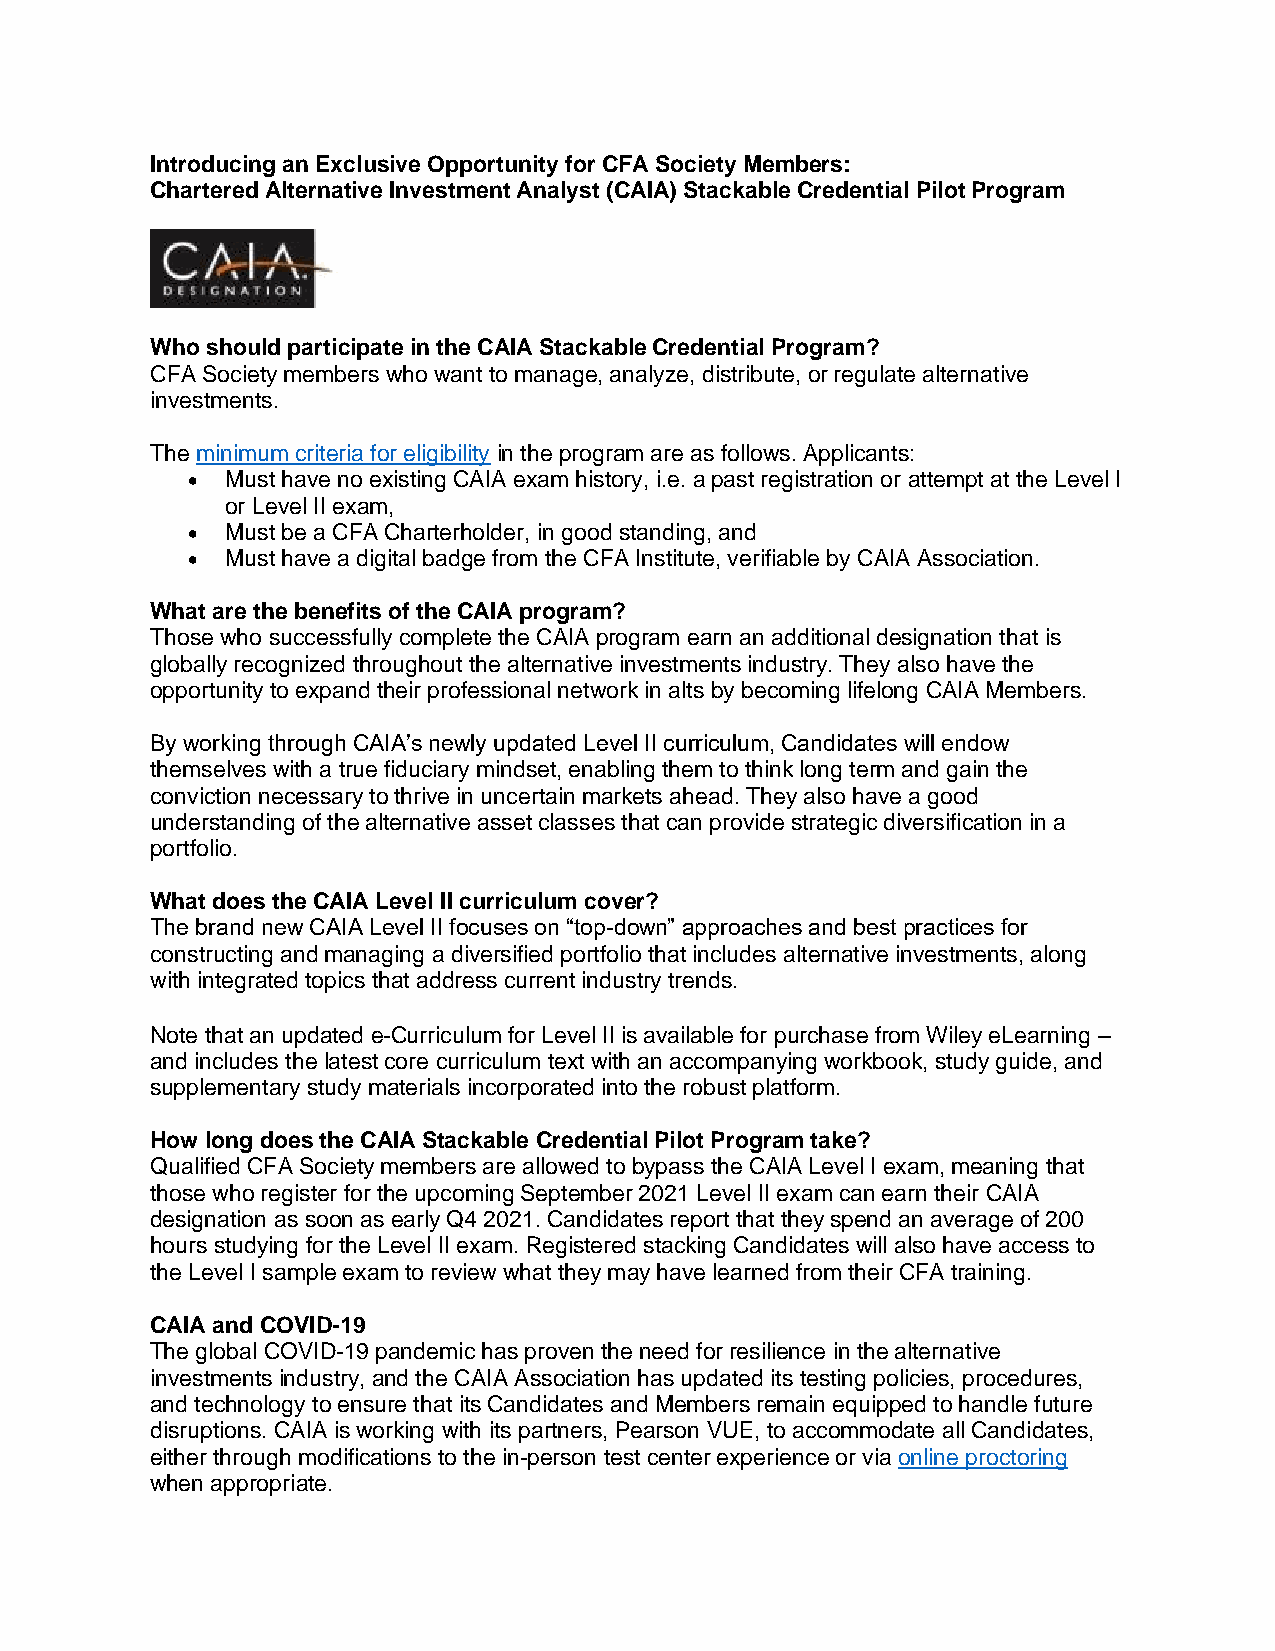
Introducing an Exclusive Opportunity for CFA Society Members:
 Chartered Alternative Investment Analyst (CAIA) Stackable Credential Pilot Program
 Who should participate in the CAIA Stackable Credential Program?
 CFA Society members who want to manage, analyze, distribute, or regulate alternative
 investments.
 The minimum criteria for eligibility in the program are as follows. Applicants:
 •  Must have no existing CAIA exam history, i.e. a past registration or attempt at the Level I
 or Level II exam,
 •  Must be a CFA Charterholder, in good standing, and
 •  Must have a digital badge from the CFA Institute, verifiable by CAIA Association.
 What are the benefits of the CAIA program?
 Those who successfully complete the CAIA program earn an additional designation that is
 globally recognized throughout the alternative investments industry. They also have the
 opportunity to expand their professional network in alts by becoming lifelong CAIA Members.
 By working through CAIA’s newly updated Level II curriculum, Candidates will endow
 themselves with a true fiduciary mindset, enabling them to think long term and gain the
 conviction necessary to thrive in uncertain markets ahead. They also have a good
 understanding of the alternative asset classes that can provide strategic diversification in a
 portfolio.
 What does the CAIA Level II curriculum cover?
 The brand new CAIA Level II focuses on “top-down” approaches and best practices for
 constructing and managing a diversified portfolio that includes alternative investments, along
 with integrated topics that address current industry trends.
 Note that an updated e-Curriculum for Level II is available for purchase from Wiley eLearning –
 and includes the latest core curriculum text with an accompanying workbook, study guide, and
 supplementary study materials incorporated into the robust platform.
 How long does the CAIA Stackable Credential Pilot Program take?
 Qualified CFA Society members are allowed to bypass the CAIA Level I exam, meaning that
 those who register for the upcoming September 2021 Level II exam can earn their CAIA
 designation as soon as early Q4 2021. Candidates report that they spend an average of 200
 hours studying for the Level II exam. Registered stacking Candidates will also have access to
 the Level I sample exam to review what they may have learned from their CFA training.
 CAIA and COVID-19
 The global COVID-19 pandemic has proven the need for resilience in the alternative
 investments industry, and the CAIA Association has updated its testing policies, procedures,
 and technology to ensure that its Candidates and Members remain equipped to handle future
 disruptions. CAIA is working with its partners, Pearson VUE, to accommodate all Candidates,
 either through modifications to the in-person test center experience or via online proctoring
 when appropriate.